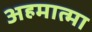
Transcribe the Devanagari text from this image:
अहमात्मा